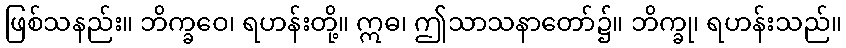
ဖြစ်သနည်း။ ဘိက္ခဝေ၊ ရဟန်းတို့။ ဣဓ၊ ဤသာသနာတော်၌။ ဘိက္ခု၊ ရဟန်းသည်။